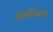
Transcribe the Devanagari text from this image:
गोष्टींतला